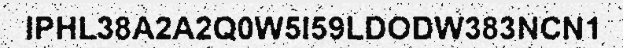
IPHL38A2A2Q0W5I59LDODW383NCN1